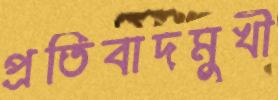
প্রতিবাদমুখী